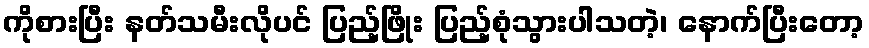
ကိုစားပြီး နတ်သမီးလိုပင် ပြည့်ဖြိုး ပြည့်စုံသွားပါသတဲ့၊ နောက်ပြီးတော့